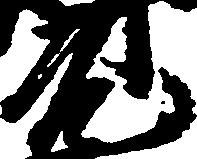
元